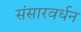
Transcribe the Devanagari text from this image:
संसारवर्धन